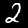
Label: 2